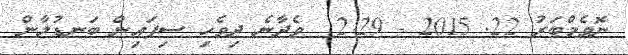
ނޮވެމްބަރު 22